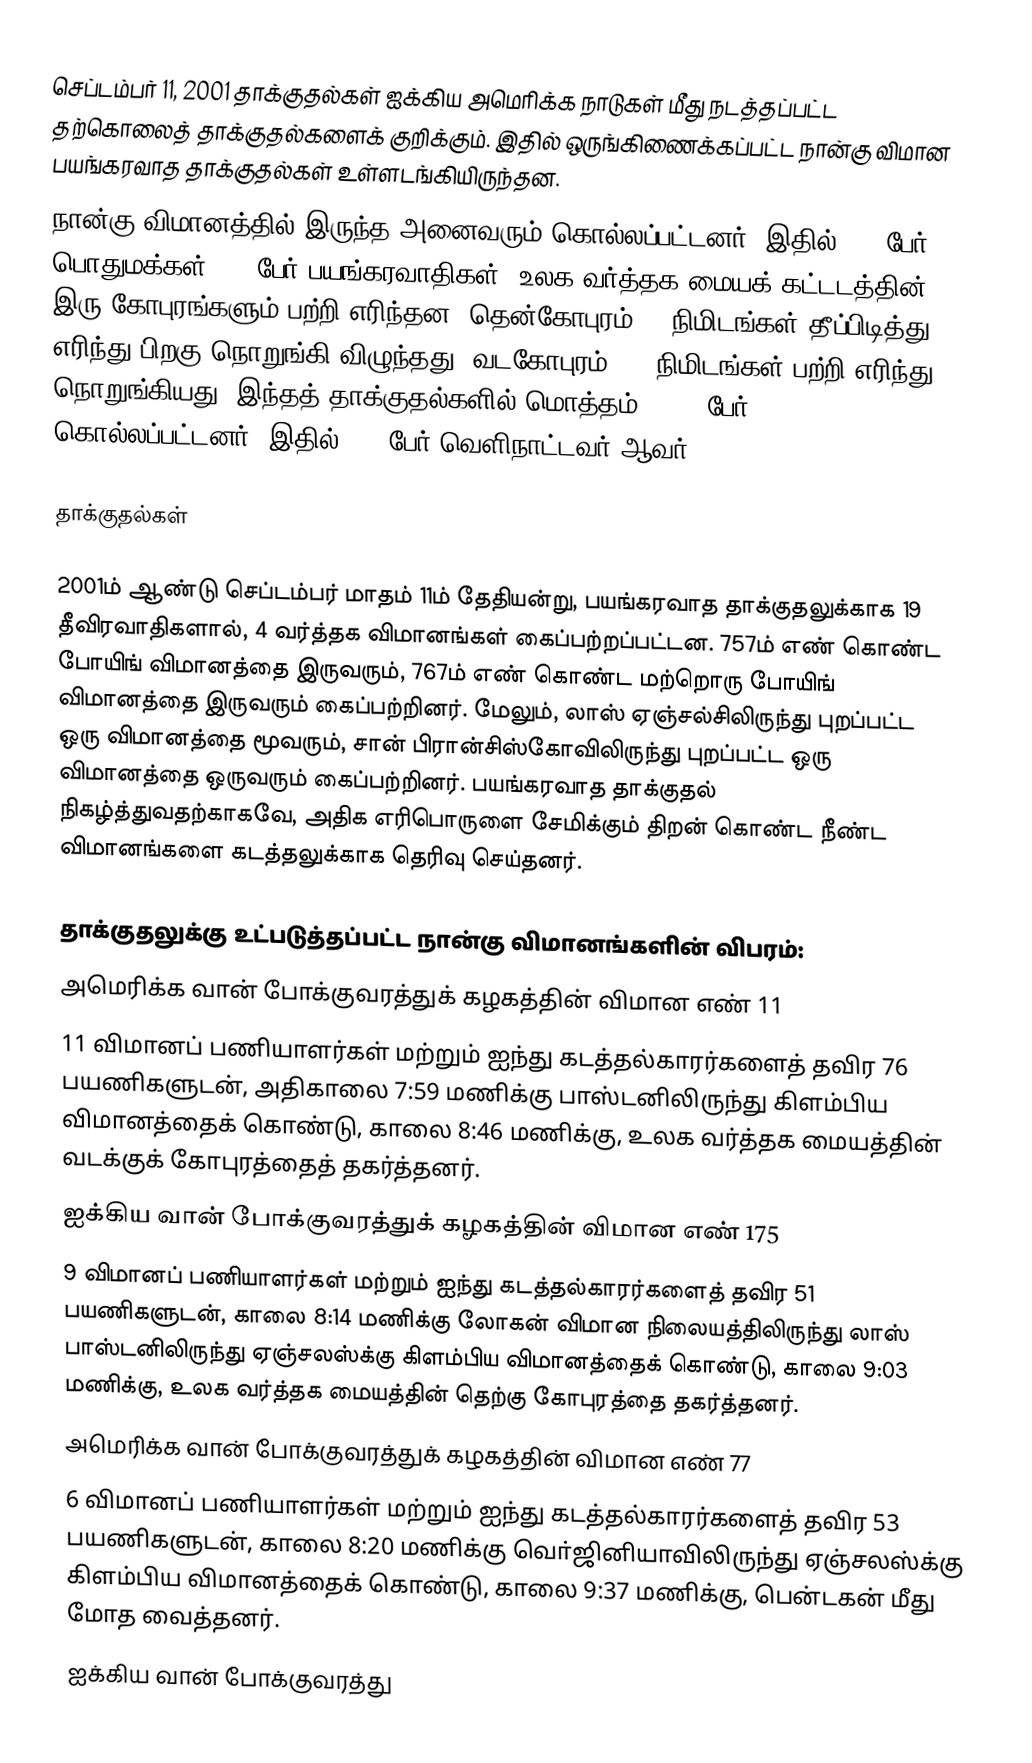
செப்டம்பர் 11, 2001 தாக்குதல்கள் ஐக்கிய அமெரிக்க நாடுகள் மீது நடத்தப்பட்ட தற்கொலைத் தாக்குதல்களைக் குறிக்கும். இதில் ஒருங்கிணைக்கப்பட்ட நான்கு விமான பயங்கரவாத தாக்குதல்கள் உள்ளடங்கியிருந்தன.
நான்கு விமானத்தில் இருந்த அனைவரும் கொல்லப்பட்டனர். இதில் 246 பேர் பொதுமக்கள். 19 பேர் பயங்கரவாதிகள். உலக வர்த்தக மையக் கட்டடத்தின் இரு கோபுரங்களும் பற்றி எரிந்தன. தென்கோபுரம் 56 நிமிடங்கள் தீப்பிடித்து எரிந்து பிறகு நொறுங்கி விழுந்தது. வடகோபுரம் 102 நிமிடங்கள் பற்றி எரிந்து நொறுங்கியது. இந்தத் தாக்குதல்களில் மொத்தம் 2,973 பேர் கொல்லப்பட்டனர். இதில் 300 பேர் வெளிநாட்டவர் ஆவர்.

தாக்குதல்கள்

2001ம் ஆண்டு செப்டம்பர் மாதம் 11ம் தேதியன்று, பயங்கரவாத தாக்குதலுக்காக 19 தீவிரவாதிகளால், 4 வர்த்தக விமானங்கள் கைப்பற்றப்பட்டன. 757ம் எண் கொண்ட போயிங் விமானத்தை இருவரும், 767ம் எண் கொண்ட மற்றொரு போயிங் விமானத்தை இருவரும் கைப்பற்றினர். மேலும், லாஸ் ஏஞ்சல்சிலிருந்து புறப்பட்ட ஒரு விமானத்தை மூவரும், சான் பிரான்சிஸ்கோவிலிருந்து புறப்பட்ட ஒரு விமானத்தை ஒருவரும் கைப்பற்றினர். பயங்கரவாத தாக்குதல் நிகழ்த்துவதற்காகவே, அதிக எரிபொருளை சேமிக்கும் திறன் கொண்ட நீண்ட விமானங்களை கடத்தலுக்காக தெரிவு செய்தனர்.

தாக்குதலுக்கு உட்படுத்தப்பட்ட நான்கு விமானங்களின் விபரம்:
 அமெரிக்க வான் போக்குவரத்துக் கழகத்தின் விமான எண் 11
  11 விமானப் பணியாளர்கள் மற்றும் ஐந்து கடத்தல்காரர்களைத் தவிர 76 பயணிகளுடன், அதிகாலை 7:59 மணிக்கு பாஸ்டனிலிருந்து கிளம்பிய விமானத்தைக் கொண்டு, காலை 8:46 மணிக்கு, உலக வர்த்தக மையத்தின் வடக்குக் கோபுரத்தைத் தகர்த்தனர்.
 ஐக்கிய வான் போக்குவரத்துக் கழகத்தின் விமான எண் 175
  9 விமானப் பணியாளர்கள் மற்றும் ஐந்து கடத்தல்காரர்களைத் தவிர 51 பயணிகளுடன், காலை 8:14 மணிக்கு லோகன் விமான நிலையத்திலிருந்து லாஸ் பாஸ்டனிலிருந்து ஏஞ்சலஸ்க்கு கிளம்பிய விமானத்தைக் கொண்டு, காலை 9:03 மணிக்கு, உலக வர்த்தக மையத்தின் தெற்கு கோபுரத்தை தகர்த்தனர்.
 அமெரிக்க வான் போக்குவரத்துக் கழகத்தின் விமான எண் 77
  6 விமானப் பணியாளர்கள் மற்றும் ஐந்து கடத்தல்காரர்களைத் தவிர 53 பயணிகளுடன், காலை 8:20 மணிக்கு வொ்ஜினியாவிலிருந்து ஏஞ்சலஸ்க்கு கிளம்பிய விமானத்தைக் கொண்டு, காலை 9:37 மணிக்கு, பென்டகன் மீது மோத வைத்தனர்.
 ஐக்கிய வான் போக்குவரத்து